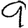
Digit: 9